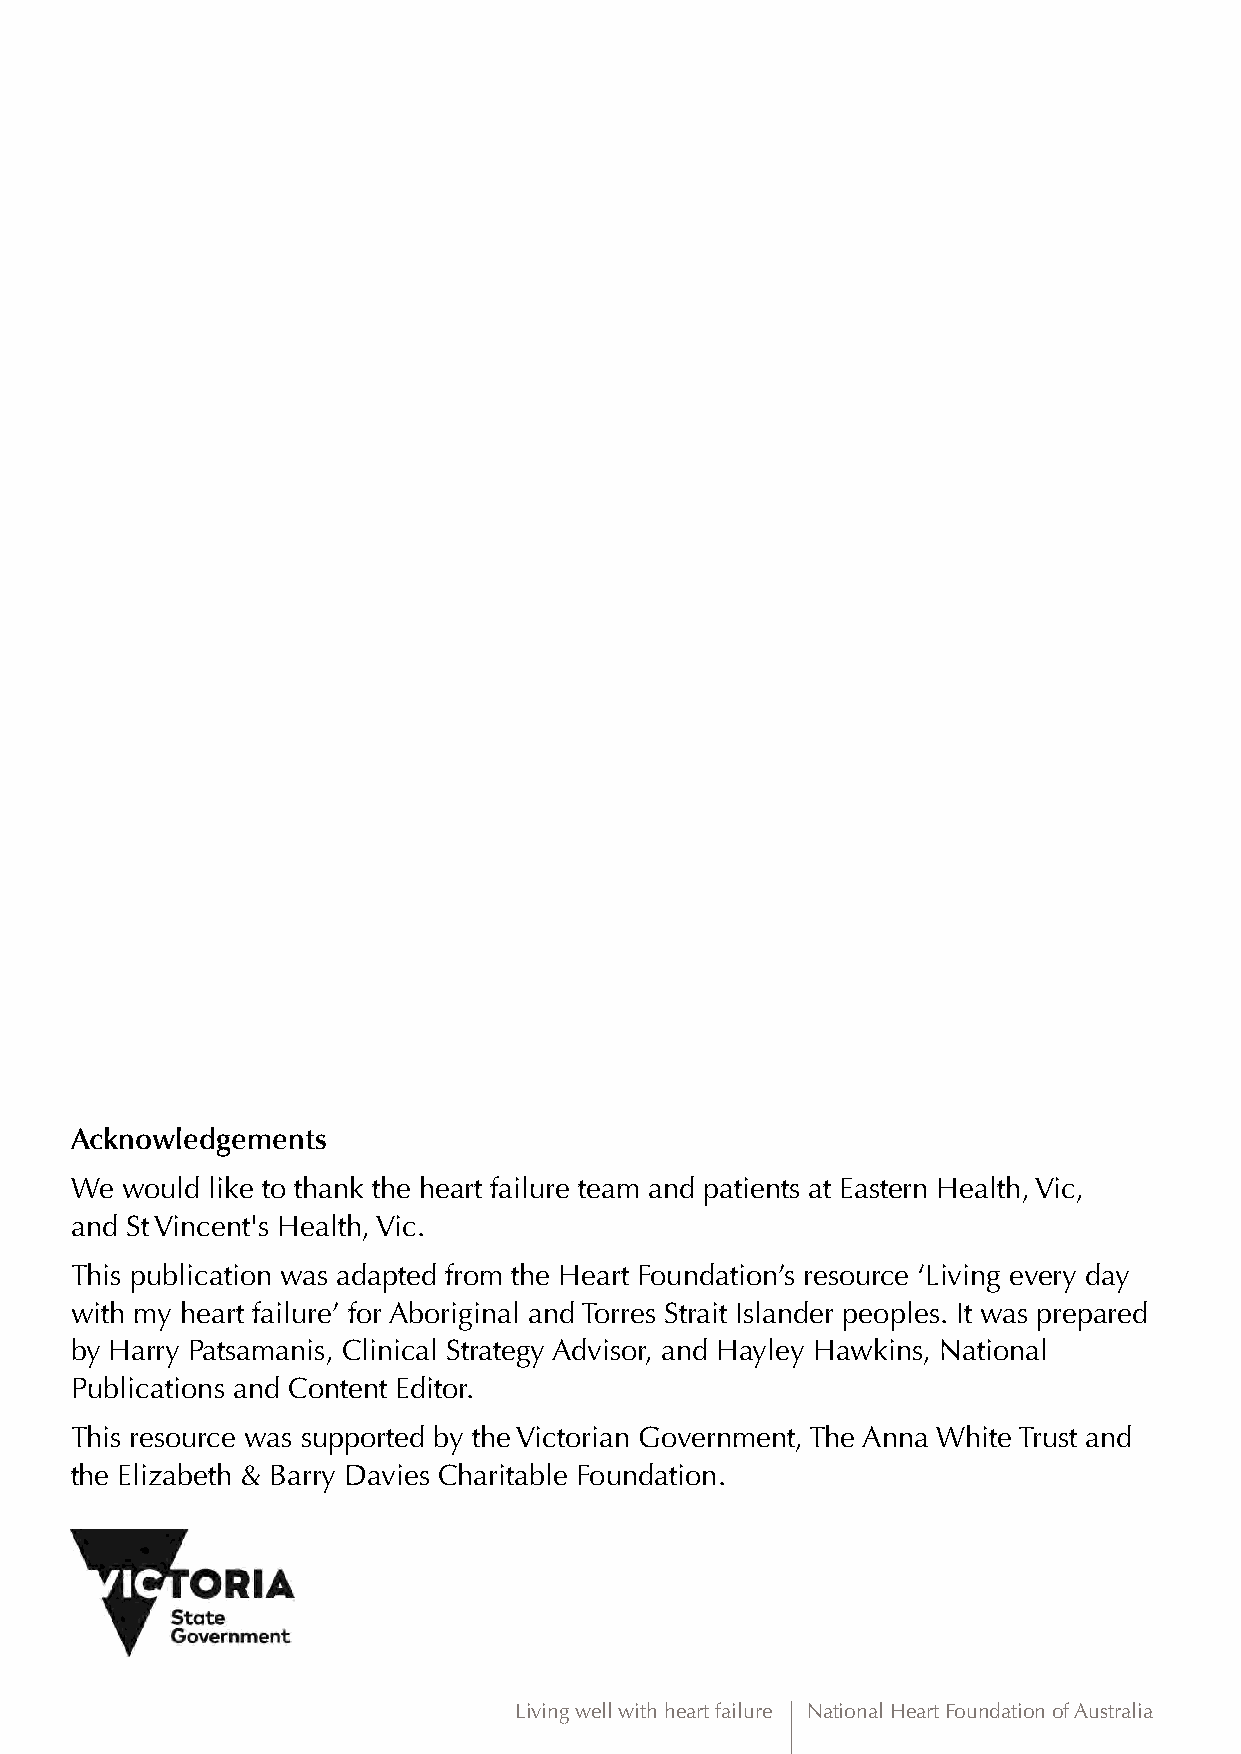
Acknowledgements
 We would like to thank the heart failure team and patients at Eastern Health, Vic,
 and St Vincent's Health, Vic.
 This publication was adapted from the Heart Foundation’s resource ‘Living every day
 with my heart failure’ for Aboriginal and Torres Strait Islander peoples. It was prepared
 by Harry Patsamanis, Clinical Strategy Advisor, and Hayley Hawkins, National
 Publications and Content Editor.
 This resource was supported by the Victorian Government, The Anna White Trust and
 the Elizabeth & Barry Davies Charitable Foundation.
 Living well with heart failure National Heart Foundation of Australia